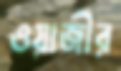
ওয়াজীর